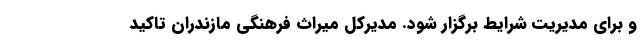
و برای مدیریت شرایط برگزار شود. مدیرکل میراث‌ فرهنگی مازندران تاکید